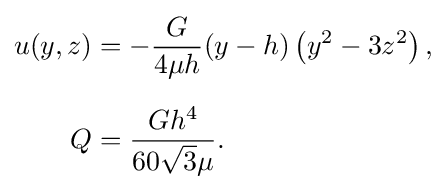
{\begin{aligned}u(y,z)&=-{\frac {G}{4\mu h}}(y-h)\left(y^{2}-3z^{2}\right),\\[6pt]Q&={\frac {Gh^{4}}{60{\sqrt {3}}\mu }}.\end{aligned}}